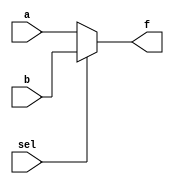
module mux2to1(f, a, b, sel);
  output f;
  input a, b, sel;
// Needed when assigned in a sequential logic block (like always)
// A reg behaves like memory: holds its value until
// imperatively assigned otherwise
  reg f;
  
// Modules may contain one or more always blocks
// Sensitivity list contains signals whose change makes the block execute
  always @(a or b or sel)
// Body of an always block contains traditional imperative code
  begin
    if (sel)
      f = b;
    else
      f = a;
  end
  
endmodule